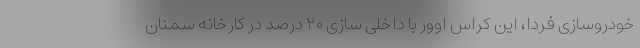
خودروسازی فردا، این کراس اوور با داخلی سازی ۲۰ درصد در کارخانه سمنان